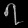
Digit: ၇